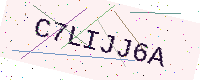
Text: C7LIJJ6A